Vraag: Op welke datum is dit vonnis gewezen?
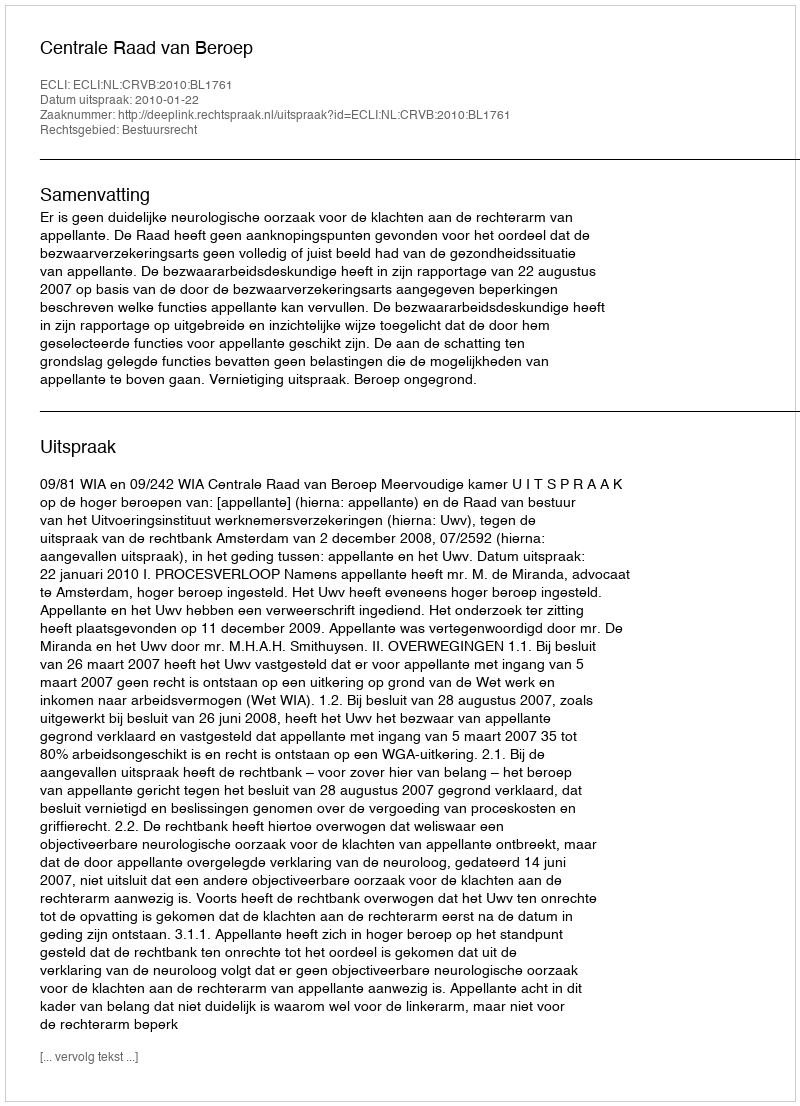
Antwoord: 2010-01-22